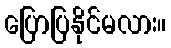
ပြောပြနိုင်မလား။